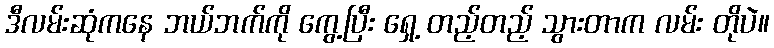
ဒီလမ်းဆုံကနေ ဘယ်ဘက်ကို ကွေ့ပြီး ရှေ့ တည့်တည့် သွားတာက လမ်း တိုပဲ။